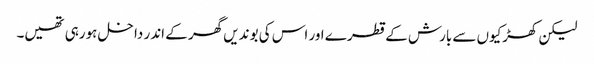
لیکن کھڑکیوں سے بارش کے قطرے اور اس کی بوندیں گھر کے اندر داخل ہورہی تھیں۔